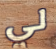
لي